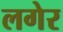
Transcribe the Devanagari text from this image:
लगेर